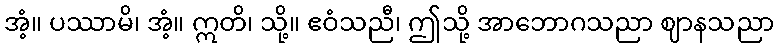
အံ့။ ပဿာမိ၊ အံ့။ ဣတိ၊ သို့။ ဧဝံသညီ၊ ဤသို့ အာဘောဂသညာ ဈာနသညာ